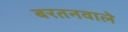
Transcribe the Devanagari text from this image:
बरतनवाले